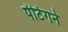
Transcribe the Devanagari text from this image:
पेंटिंगने